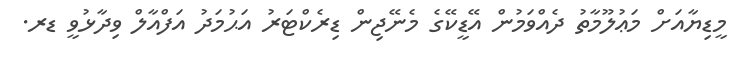
މީޑިޔާއަށް މަޢުލޫމާތު ދެއްވަމުން އޭޑީކޭގެ މެނޭޖިން ޑިރެކްޓަރު އަޙުމަދު އަފްއާލް ވިދާޅުވީ ޑރ.